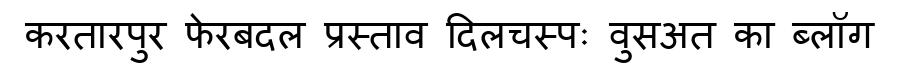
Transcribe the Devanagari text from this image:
करतारपुर फेरबदल प्रस्ताव दिलचस्पः वुसअत का ब्लॉग